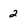
Character: 2